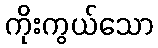
ကိုးကွယ်သော